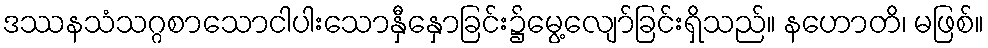
ဒဿနသံသဂ္ဂစာသောငါပါးသောနှီနှောခြင်း၌မွေ့လျော်ခြင်းရှိသည်။ နဟောတိ၊ မဖြစ်။